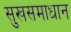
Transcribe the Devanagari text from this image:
सुखसमाधान